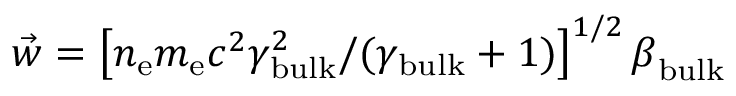
\vec { w } = \left[ n _ { \mathrm { e } } m _ { \mathrm { e } } c ^ { 2 } \gamma _ { \mathrm { b u l k } } ^ { 2 } / ( \gamma _ { \mathrm { b u l k } } + 1 ) \right] ^ { 1 / 2 } \boldsymbol { \beta } _ { \mathrm { b u l k } }